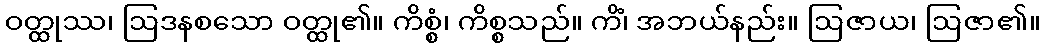
ဝတ္ထုဿ၊ ဩဒနစသော ဝတ္ထု၏။ ကိစ္စံ၊ ကိစ္စသည်။ ကိံ၊ အဘယ်နည်း။ ဩဇာယ၊ ဩဇာ၏။